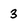
Character: 3